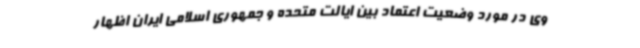
وی در مورد وضعیت اعتماد بین ایالت متحده و جمهوری اسلامی ایران اظهار